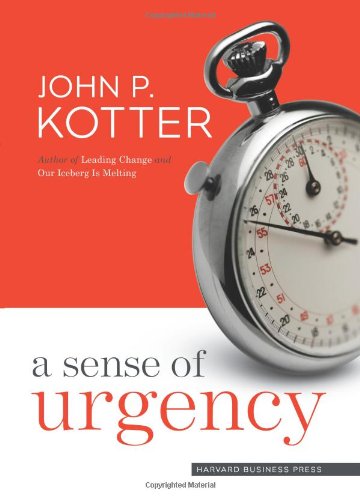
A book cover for A Sense of Urgency; John P. Kotter; Business & Money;